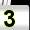
Digit: 3